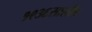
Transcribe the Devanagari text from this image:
१९३६सालीच